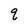
Character: q